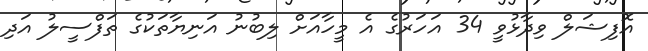
އޮފިޝަލް ވިދާޅުވީ 34 އަހަރުގެ އެ މީހާއަށް ލިބުނު އަނިޔާތަކުގެ ތަފްސީލު އަދި